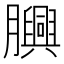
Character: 𦢯